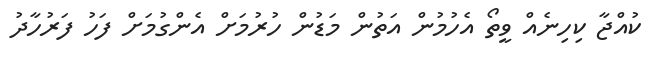
ކުއްޖާ ކިހިނެއް ވީތޯ އެހުމުން އަތުން މަޑުން ހުރުމަށް އެންގުމަށް ފަހު ފަރުހާދު